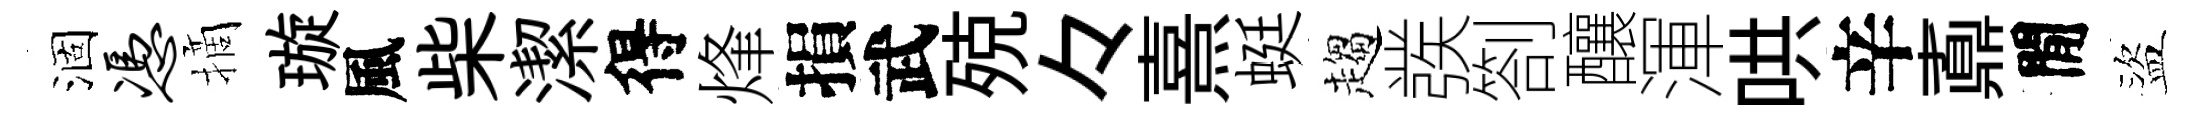
涸凭摘璇風柴潔得烽損武殑々熹蜓趨彂劄釀渾哄辛鼒閒盜